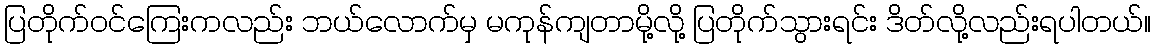
ပြတိုက်ဝင်ကြေးကလည်း ဘယ်လောက်မှ မကုန်ကျတာမို့လို့ ပြတိုက်သွားရင်း ဒိတ်လို့လည်းရပါတယ်။